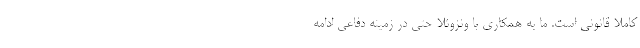
کاملا قانونی است. ما به همکاری با ونزوئلا حتی در زمینه دفاعی ادامه